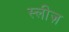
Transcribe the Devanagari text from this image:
स्लीज़